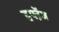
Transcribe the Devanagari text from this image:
हफ्ऱेंज